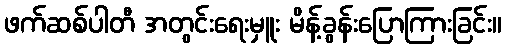
ဖက်ဆစ်ပါတီ အတွင်းရေးမှူး မိန့်ခွန်းပြောကြားခြင်း။